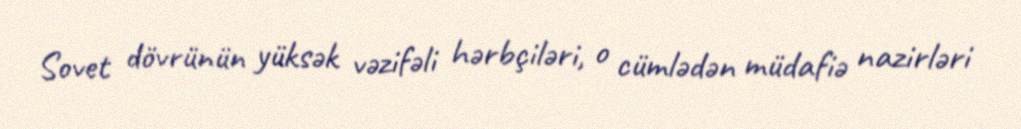
Sovet dövrünün yüksək vəzifəli hərbçiləri, o cümlədən müdafiə nazirləri